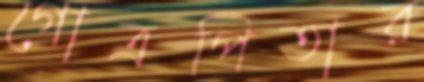
গোত্রপিতার